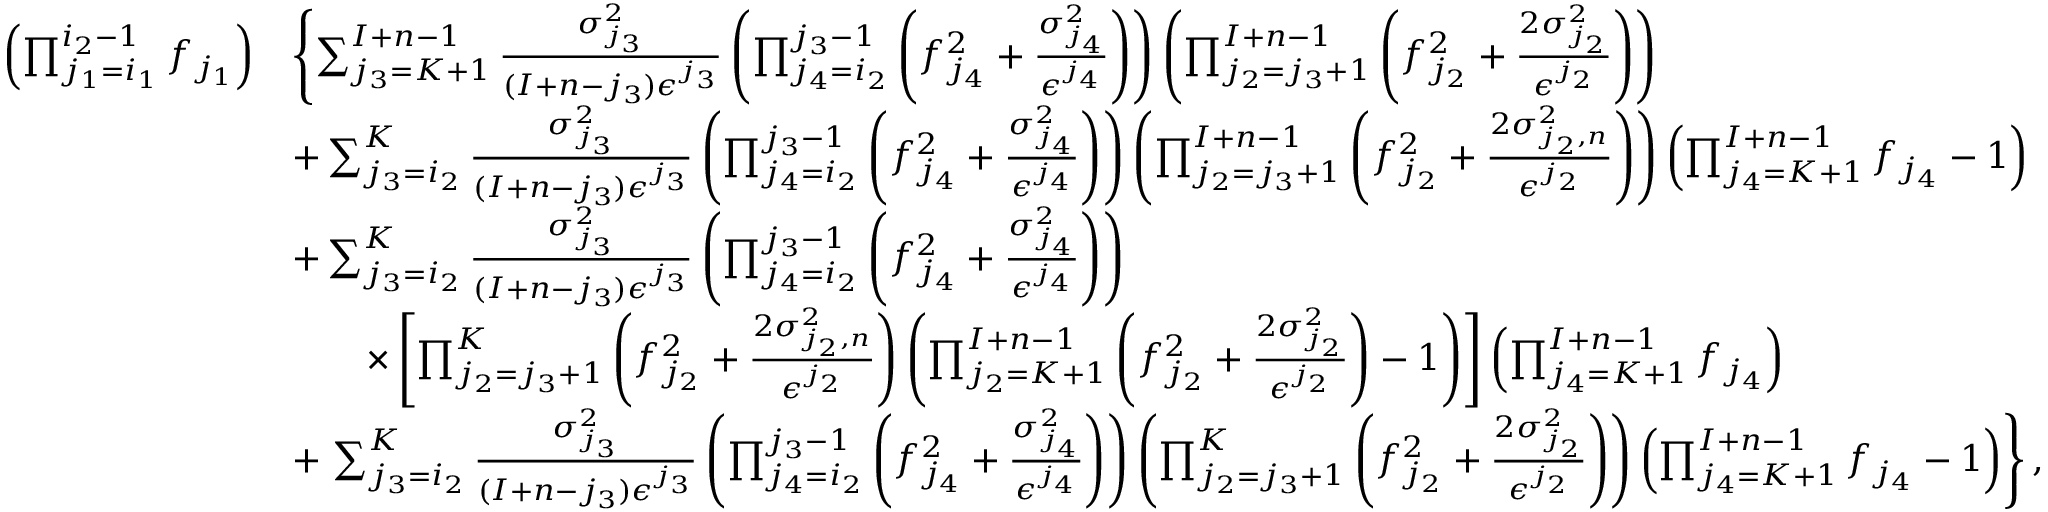
\begin{array} { r l } { \left( \prod _ { j _ { 1 } = i _ { 1 } } ^ { i _ { 2 } - 1 } f _ { j _ { 1 } } \right) } & { \left\{ \sum _ { j _ { 3 } = K + 1 } ^ { I + n - 1 } \frac { \sigma _ { j _ { 3 } } ^ { 2 } } { ( I + n - j _ { 3 } ) \epsilon ^ { j _ { 3 } } } \left( \prod _ { j _ { 4 } = i _ { 2 } } ^ { j _ { 3 } - 1 } \left( f _ { j _ { 4 } } ^ { 2 } + \frac { \sigma _ { j _ { 4 } } ^ { 2 } } { \epsilon ^ { j _ { 4 } } } \right) \right) \left( \prod _ { j _ { 2 } = j _ { 3 } + 1 } ^ { I + n - 1 } \left( f _ { j _ { 2 } } ^ { 2 } + \frac { 2 \sigma _ { j _ { 2 } } ^ { 2 } } { \epsilon ^ { j _ { 2 } } } \right) \right) \right. } \\ & { + \sum _ { j _ { 3 } = i _ { 2 } } ^ { K } \frac { \sigma _ { j _ { 3 } } ^ { 2 } } { ( I + n - j _ { 3 } ) \epsilon ^ { j _ { 3 } } } \left( \prod _ { j _ { 4 } = i _ { 2 } } ^ { j _ { 3 } - 1 } \left( f _ { j _ { 4 } } ^ { 2 } + \frac { \sigma _ { j _ { 4 } } ^ { 2 } } { \epsilon ^ { j _ { 4 } } } \right) \right) \left( \prod _ { j _ { 2 } = j _ { 3 } + 1 } ^ { I + n - 1 } \left( f _ { j _ { 2 } } ^ { 2 } + \frac { 2 \sigma _ { j _ { 2 } , n } ^ { 2 } } { \epsilon ^ { j _ { 2 } } } \right) \right) \left( \prod _ { j _ { 4 } = K + 1 } ^ { I + n - 1 } f _ { j _ { 4 } } - 1 \right) } \\ & { + \sum _ { j _ { 3 } = i _ { 2 } } ^ { K } \frac { \sigma _ { j _ { 3 } } ^ { 2 } } { ( I + n - j _ { 3 } ) \epsilon ^ { j _ { 3 } } } \left( \prod _ { j _ { 4 } = i _ { 2 } } ^ { j _ { 3 } - 1 } \left( f _ { j _ { 4 } } ^ { 2 } + \frac { \sigma _ { j _ { 4 } } ^ { 2 } } { \epsilon ^ { j _ { 4 } } } \right) \right) } \\ & { \qquad \times \left[ \prod _ { j _ { 2 } = j _ { 3 } + 1 } ^ { K } \left( f _ { j _ { 2 } } ^ { 2 } + \frac { 2 \sigma _ { j _ { 2 } , n } ^ { 2 } } { \epsilon ^ { j _ { 2 } } } \right) \left( \prod _ { j _ { 2 } = K + 1 } ^ { I + n - 1 } \left( f _ { j _ { 2 } } ^ { 2 } + \frac { 2 \sigma _ { j _ { 2 } } ^ { 2 } } { \epsilon ^ { j _ { 2 } } } \right) - 1 \right) \right] \left( \prod _ { j _ { 4 } = K + 1 } ^ { I + n - 1 } f _ { j _ { 4 } } \right) } \\ & { + \left. \sum _ { j _ { 3 } = i _ { 2 } } ^ { K } \frac { \sigma _ { j _ { 3 } } ^ { 2 } } { ( I + n - j _ { 3 } ) \epsilon ^ { j _ { 3 } } } \left( \prod _ { j _ { 4 } = i _ { 2 } } ^ { j _ { 3 } - 1 } \left( f _ { j _ { 4 } } ^ { 2 } + \frac { \sigma _ { j _ { 4 } } ^ { 2 } } { \epsilon ^ { j _ { 4 } } } \right) \right) \left( \prod _ { j _ { 2 } = j _ { 3 } + 1 } ^ { K } \left( f _ { j _ { 2 } } ^ { 2 } + \frac { 2 \sigma _ { j _ { 2 } } ^ { 2 } } { \epsilon ^ { j _ { 2 } } } \right) \right) \left( \prod _ { j _ { 4 } = K + 1 } ^ { I + n - 1 } f _ { j _ { 4 } } - 1 \right) \right\} , } \end{array}